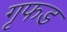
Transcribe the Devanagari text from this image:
गृफड